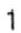
1